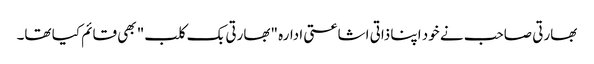
بھارتی صاحب نے خود اپنا ذاتی اشاعتی ادارہ "بھارتی بک کلب" بھی قائم کیا تھا۔